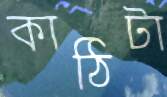
কাঠিটা